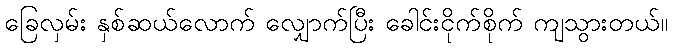
ခြေလှမ်း နှစ်ဆယ်လောက် လျှောက်ပြီး ခေါင်းငိုက်စိုက် ကျသွားတယ်။